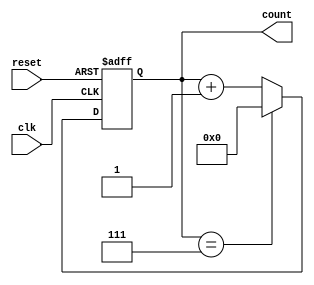
module mod_n_async_counter #(
    parameter N = 8 // Specify the mod value (N = 2^k, k is the number of flip-flops)
)(
    input wire clk,         // Clock input
    input wire reset,       // Asynchronous reset input
    output reg [N-1:0] count // Counter output
);

    // Calculate the number of bits required to represent the count
    localparam WIDTH = $clog2(N); 

    // Asynchronous reset and counter logic
    always @(posedge clk or posedge reset) begin
        if (reset) begin
            count <= 0; // Reset the count to 0
        end else begin
            if (count == (N - 1)) begin
                count <= 0; // Wrap around to 0
            end else begin
                count <= count + 1; // Increment the count
            end
        end
    end

endmodule